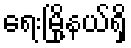
ရေးမြို့နယ်ရှိ